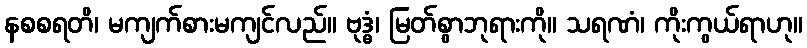
နစစရတိ၊ မကျက်စားမကျင်လည်။ ဗုဒ္ဓံ၊ မြတ်စွာဘုရားကို။ သရဏံ၊ ကိုးကွယ်ရာဟု။